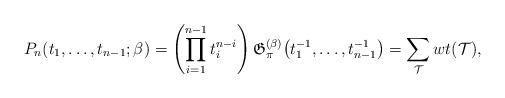
\begin{align*}P_n(t_1,\ldots,t_{n-1};\beta)= \left(\prod_{i= 1}^{n-1} t_i^{n-i} \right)\mathfrak{G}_{\pi}^{(\beta)}\big(t_1^{-1},\dots,t_{n-1}^{-1}\big) = \sum_{{\cal{T}}} wt({\cal{T}}),\end{align*}